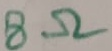
Text: 8Ω